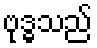
ဗုဒ္ဓသည်